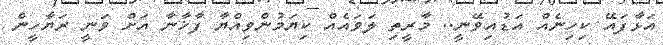
އަޅާފައޭ ކިހިނެއް އަޑުއިވޭނީ.. މާރީތި ލަވައެއް ކިޔަމުންވިއްޔާ ފާޚާނާ އަށް ވަނީ ރަޔާހީން